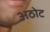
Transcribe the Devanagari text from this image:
अठोट